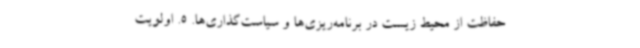
حفاظت از محیط زیست در برنامه‌ریزی‌ها و سیاست‌گذاری‌ها. 5. اولویت